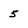
Character: 5